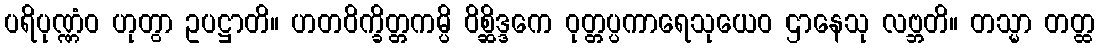
ပရိပုဏ္ဏံဝ ဟုတွာ ဥပဋ္ဌာတိ။ ဟတဝိက္ခိတ္တကမ္ပိ ဝိစ္ဆိဒ္ဒကေ ဝုတ္တပ္ပကာရေသုယေဝ ဌာနေသု လဗ္ဘတိ။ တသ္မာ တတ္ထ